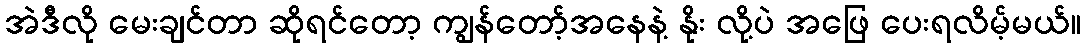
အဲဒီလို မေးချင်တာ ဆိုရင်တော့ ကျွန်တော့်အနေနဲ့ နိုး လို့ပဲ အဖြေ ပေးရလိမ့်မယ်။